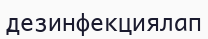
дезинфекциялап